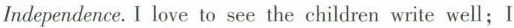
Independence. I love to see the children write well；I